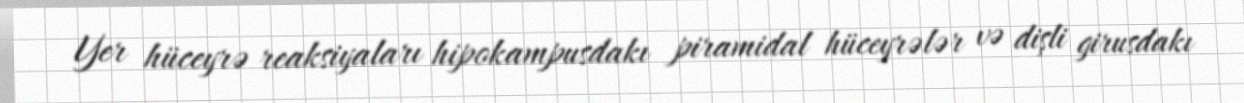
Yer hüceyrə reaksiyaları hipokampusdakı piramidal hüceyrələr və dişli girusdakı